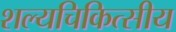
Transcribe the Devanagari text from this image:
शल्यचिकित्सीय